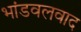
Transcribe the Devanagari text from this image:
भांडवलवाद